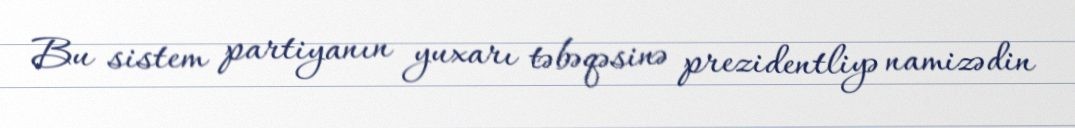
Bu sistem partiyanın yuxarı təbəqəsinə prezidentliyə namizədin